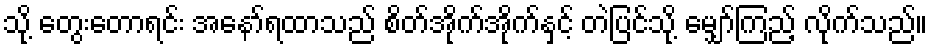
သို့ တွေးတောရင်း အနော်ရထာသည် စိတ်အိုက်အိုက်နှင့် တဲပြင်သို့ မျှော်ကြည့် လိုက်သည်။